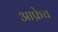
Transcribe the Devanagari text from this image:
आफ्रेच